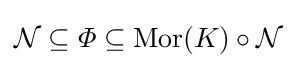
{\mathcal {N}}\subseteq \varPhi \subseteq \operatorname {Mor} ({K})\circ {\mathcal {N}}